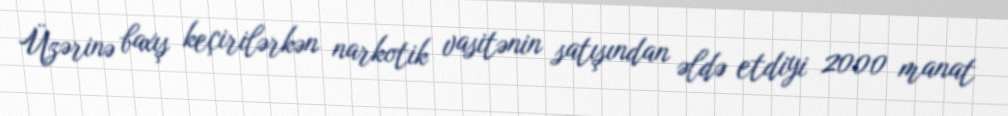
Üzərinə baxış keçirilərkən narkotik vasitənin satışından əldə etdiyi 2000 manat